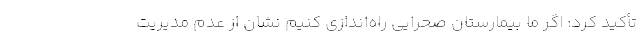
تأکید کرد: اگر ما بیمارستان صحرایی راه‌اندازی کنیم نشان از عدم مدیریت